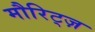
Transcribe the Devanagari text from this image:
मौरिट्ज़